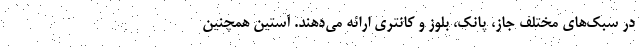
در سبک‌های مختلف جاز، پانک، بلوز و کانتری ارائه می‌دهند. آستین همچنین